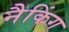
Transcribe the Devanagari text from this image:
नैकिंग